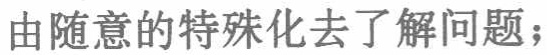
由随意的特殊化去了解问题；